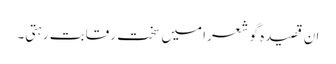
ان قصیدہ گو شعرا میں سخت رقابت رہتی۔